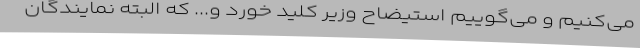
می‌کنیم و می‌گوییم استیضاح وزیر کلید خورد و... که البته نمایندگان